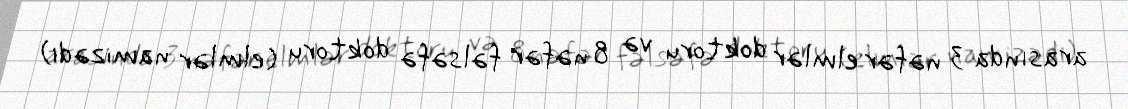
arasında 3 nəfər elmlər doktoru və 8 nəfər fəlsəfə doktoru (elmlər namizədi)